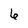
Character: 6